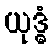
ယုဒ္ဓံ